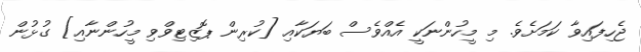
ޖެހިފައިވާ ކަމަށެވެ. މި މީހުންނަކީ އެއްވެސް ބަޔަކާއި [ކުރިން ޕޮޒިޓިވްވި މީހުންނާއި] ގުޅުން